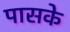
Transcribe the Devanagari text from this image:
पासके